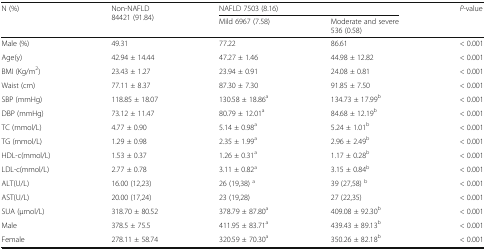
<table><thead><tr><td rowspan="2"><b>N (%)</b></td><td rowspan="2"><b>Non-NAFLD 84421 (91.84)</b></td><td colspan="2"><b>NAFLD 7503 (8.16)</b></td><td rowspan="2"><b><i>P</i>-value</b></td></tr><tr><td><b>Mild 6967 (7.58)</b></td><td><b>Moderate and severe 536 (0.58)</b></td></tr></thead><tbody><tr><td>Male (%)</td><td>49.31</td><td>77.22</td><td>86.61</td><td>&lt; 0.001</td></tr><tr><td>Age(y)</td><td>42.94 ± 14.44</td><td>47.27 ± 1.46</td><td>44.98 ± 12.82</td><td>&lt; 0.001</td></tr><tr><td>BMI (Kg/m<sup>2</sup>)</td><td>23.43 ± 1.27</td><td>23.94 ± 0.91</td><td>24.08 ± 0.81</td><td>&lt; 0.001</td></tr><tr><td>Waist (cm)</td><td>77.11 ± 8.37</td><td>87.30 ± 7.30</td><td>91.85 ± 7.50</td><td>&lt; 0.001</td></tr><tr><td>SBP (mmHg)</td><td>118.85 ± 18.07</td><td>130.58 ± 18.86<sup>a</sup></td><td>134.73 ± 17.99<sup>b</sup></td><td>&lt; 0.001</td></tr><tr><td>DBP (mmHg)</td><td>73.12 ± 11.47</td><td>80.79 ± 12.01<sup>a</sup></td><td>84.68 ± 12.19<sup>b</sup></td><td>&lt; 0.001</td></tr><tr><td>TC (mmol/L)</td><td>4.77 ± 0.90</td><td>5.14 ± 0.98<sup>a</sup></td><td>5.24 ± 1.01<sup>b</sup></td><td>&lt; 0.001</td></tr><tr><td>TG (mmol/L)</td><td>1.29 ± 0.98</td><td>2.35 ± 1.99<sup>a</sup></td><td>2.96 ± 2.49<sup>b</sup></td><td>&lt; 0.001</td></tr><tr><td>HDL-c(mmol/L)</td><td>1.53 ± 0.37</td><td>1.26 ± 0.31<sup>a</sup></td><td>1.17 ± 0.28<sup>b</sup></td><td>&lt; 0.001</td></tr><tr><td>LDL-c(mmol/L)</td><td>2.77 ± 0.78</td><td>3.11 ± 0.82<sup>a</sup></td><td>3.15 ± 0.84<sup>b</sup></td><td>&lt; 0.001</td></tr><tr><td>ALT(U/L)</td><td>16.00 (12,23)</td><td>26 (19,38) <sup>a</sup></td><td>39 (27,58) <sup>b</sup></td><td>&lt; 0.001</td></tr><tr><td>AST(U/L)</td><td>20.00 (17,24)</td><td>23 (19,28)</td><td>27 (22,35)</td><td>&lt; 0.001</td></tr><tr><td>SUA (μmol/L)</td><td>318.70 ± 80.52</td><td>378.79 ± 87.80<sup>a</sup></td><td>409.08 ± 92.30<sup>b</sup></td><td>&lt; 0.001</td></tr><tr><td>Male</td><td>378.5 ± 75.5</td><td>411.95 ± 83.71<sup>a</sup></td><td>439.43 ± 89.13<sup>b</sup></td><td>&lt; 0.001</td></tr><tr><td>Female</td><td>278.11 ± 58.74</td><td>320.59 ± 70.30<sup>a</sup></td><td>350.26 ± 82.18<sup>b</sup></td><td>&lt; 0.001</td></tr></tbody></table>